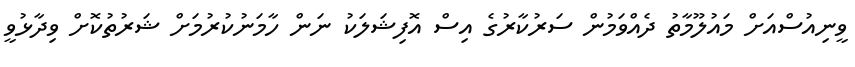
ވީނިއުސްއަށް މައުލޫމާތު ދެއްވަމުން ސަރުކާރުގެ އިސް އޮފިޝަލަކު ނަން ހާމަނުކުރުމަށް ޝަރުތުކޮށް ވިދާޅުވީ